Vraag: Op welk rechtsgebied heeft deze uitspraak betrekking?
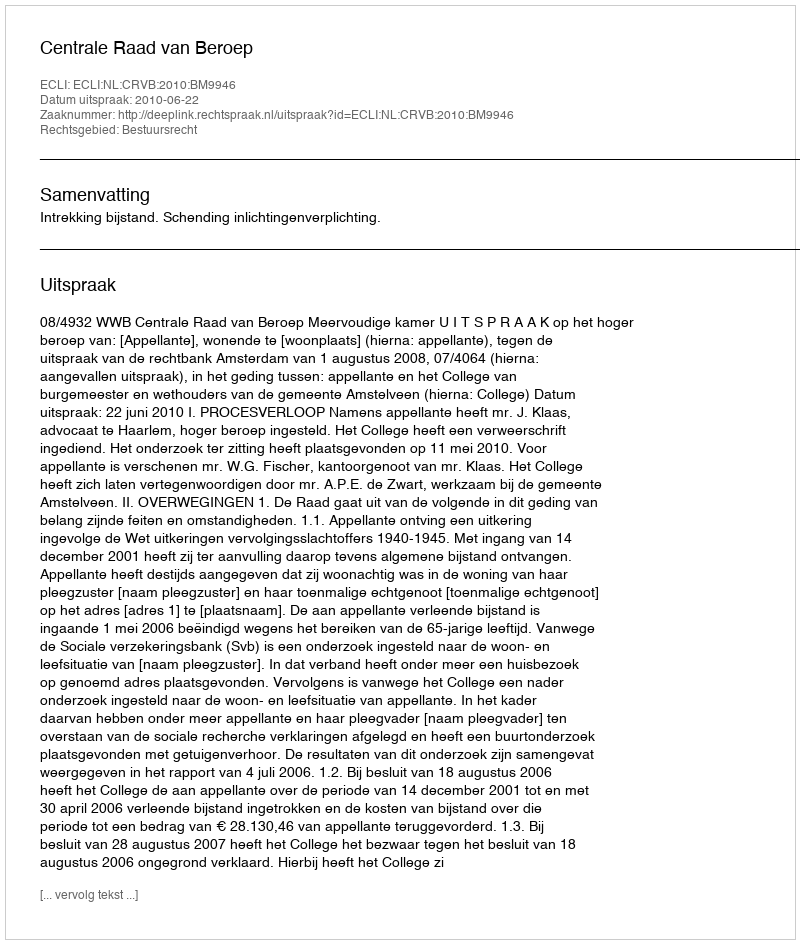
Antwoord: Bestuursrecht